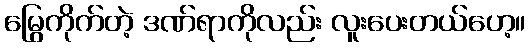
မြွေကိုက်တဲ့ ဒဏ်ရာကိုလည်း လူးပေးတယ်ဟေ့။